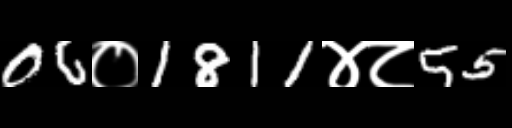
Text: 06०1811४८55